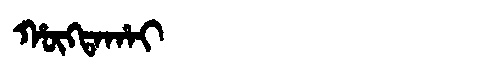
Manchu: ᡥᡡᡴᡨᠠᡥᠠᡳ
Romanization: HŪKTAHAI